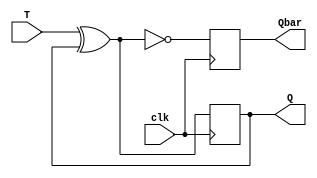
`timescale 1ns / 1ps
//////////////////////////////////////////////////////////////////////////////////
// Company: 
// Engineer: 
// 
// Design Name: 
// Module Name:    T_FF 
// Project Name: 
// Target Devices: 
// Tool versions: 
// Description: 
//
// Dependencies: 
//
// Revision: 
// Revision 0.01 - File Created
// Additional Comments: 
//
//////////////////////////////////////////////////////////////////////////////////
module T_FF(T,clk,Q,Qbar
    );
	 
	 input T,clk;
	 output reg Q,Qbar;
	
	initial begin
		Q=0;
	end
		
	 always@(posedge clk)
	begin
		Q<=T^Q;
		Qbar<=~(T^Q);
	end


endmodule